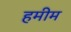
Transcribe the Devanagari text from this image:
हमीम